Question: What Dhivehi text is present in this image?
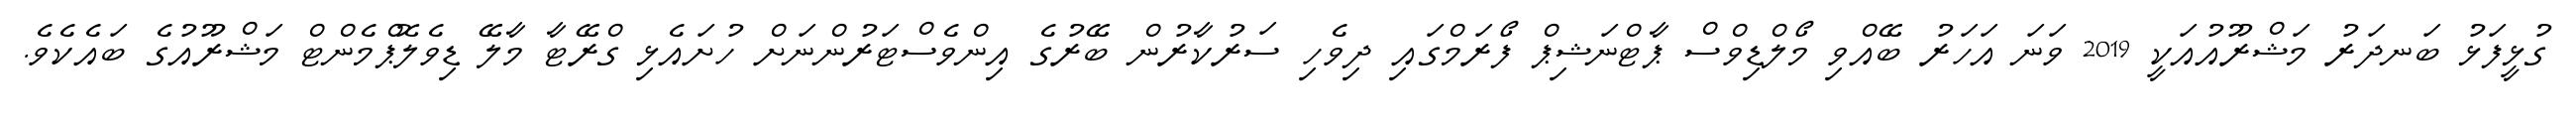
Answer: ގުޅީފަޅު ބަނދަރު މަޝްރޫއުއަކީ 2019 ވަނަ އަހަރު ބޭއްވި މޯލްޑިވްސް ޕާޓްނަޝިޕް ފޯރަމްގައި ދިވެހި ސަރުކާރުން ބޭރުގެ އިންވެސްޓަރުންނަށް ހުށައެޅި ގްރޭޓާ މާލޭ ޑިވެލޮޕްމެންޓް މަޝްރޫއުގެ ބައެކެވެ.